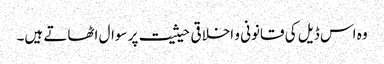
وہ اس ڈیل کی قانونی و اخلاقی حیثیت پر سوال اٹھاتے ہیں۔